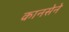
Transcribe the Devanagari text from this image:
कानसेने